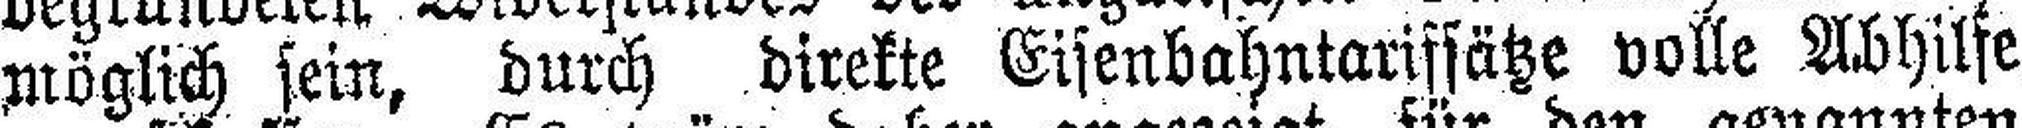
Möglich sein, durch direkte Eisenbahntarifsätze volle Abhilfe